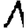
Digit: 1